Civil Veterinary Department. Madras. Admin. report 1926-33 - 1926-1933
Year: 1926
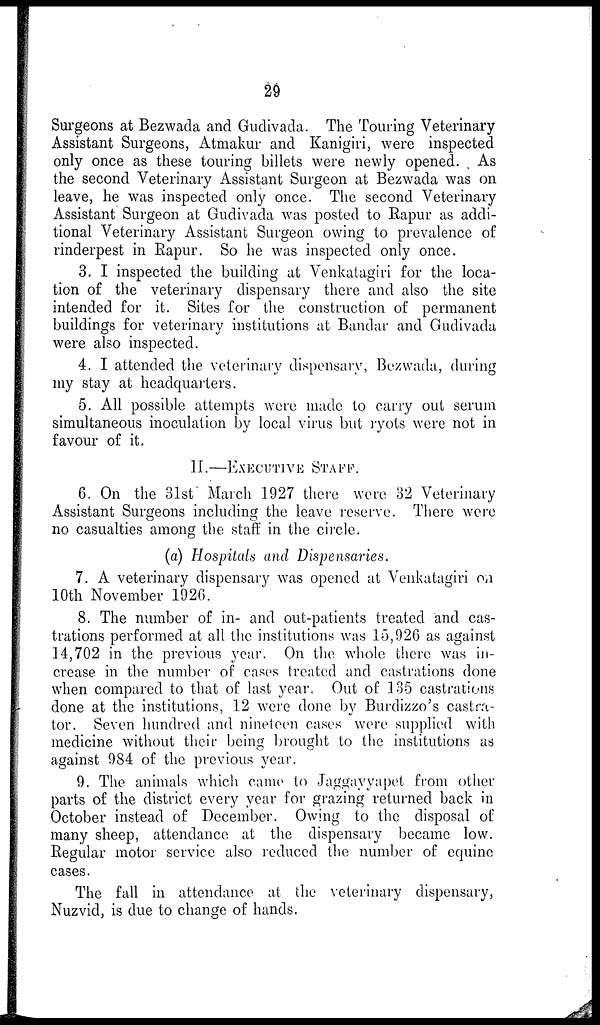
29
Surgeons at Bezwada and Gudivada. The Touring Veterinary
Assistant Surgeons, Atmakur and Kanigiri, were inspected
only once as these touring billets were newly opened. As
the second Veterinary Assistant Surgeon at Bezwada was on
leave, he was inspected only once. The second Veterinary
Assistant Surgeon at Gudivada was posted to Rapur as addi-
tional Veterinary Assistant Surgeon owing to prevalence of
rinderpest in Rapur. So he was inspected only once.
3. I inspected the building at Venkatagiri for the loca-
tion of the veterinary dispensary there and also the site
intended for it. Sites for the construction of permanent
buildings for veterinary institutions at Bandar and Gudivada
were also inspected.
4. I attended the veterinary dispensary, Bezwada, during
my stay at headquarters.
5. All possible attempts were made to carry out serum
simultaneous inoculation by local virus but ryots were not in
favour of it.
II.—EXECUTIVE STAFF.
6. On the 31st March 1927 there were 32 Veterinary
Assistant Surgeons including the leave reserve. There were
no casualties among the staff in the circle.
(a) Hospitals and Dispensaries.
7. A veterinary dispensary was opened at Venkatagiri on
10th November 1926.
8. The number of in- and out-patients treated and cas-
trations performed at all the institutions was 15,926 as against
14,702 in the previous year. On the whole there was in-
crease in the number of cases treated and castrations done
when compared to that of last year. Out of 135 castrations
done at the institutions, 12 were done by Burdizzo's castra-
tor. Seven hundred and nineteen cases were supplied with
medicine without their being brought to the institutions as
against 984 of the previous year.
9. The animals which came to Jaggayyapet from other
parts of the district every year for grazing returned back in
October instead of December. Owing to the disposal of
many sheep, attendance at the dispensary became low.
Regular motor service also reduced the number of equine
cases.
The fall in attendance at the veterinary dispensary,
Nuzvid, is due to change of hands.